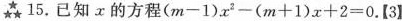
15.已知x的方程$$( m - 1 ) x ^ { 2 } - ( m + 1 ) x + 2 = 0$$.【3】